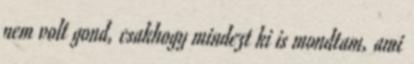
nem volt gond, csakhogy mindezt ki is mondtam, ami